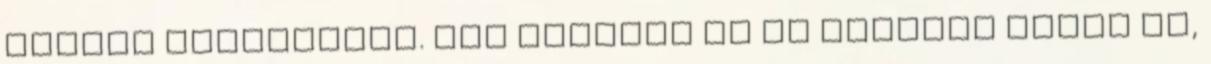
zászló díszelgett. Így mondták el az Erasmus esküt is,